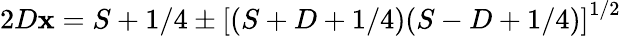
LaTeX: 2D\mathbf{x}=S+1/4\pm\left[(S+D+1/4)(S-D+1/4)\right]^{1/2}